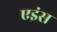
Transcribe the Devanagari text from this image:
एइंस